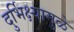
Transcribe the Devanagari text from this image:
दुर्भिक्ष्यामुळे